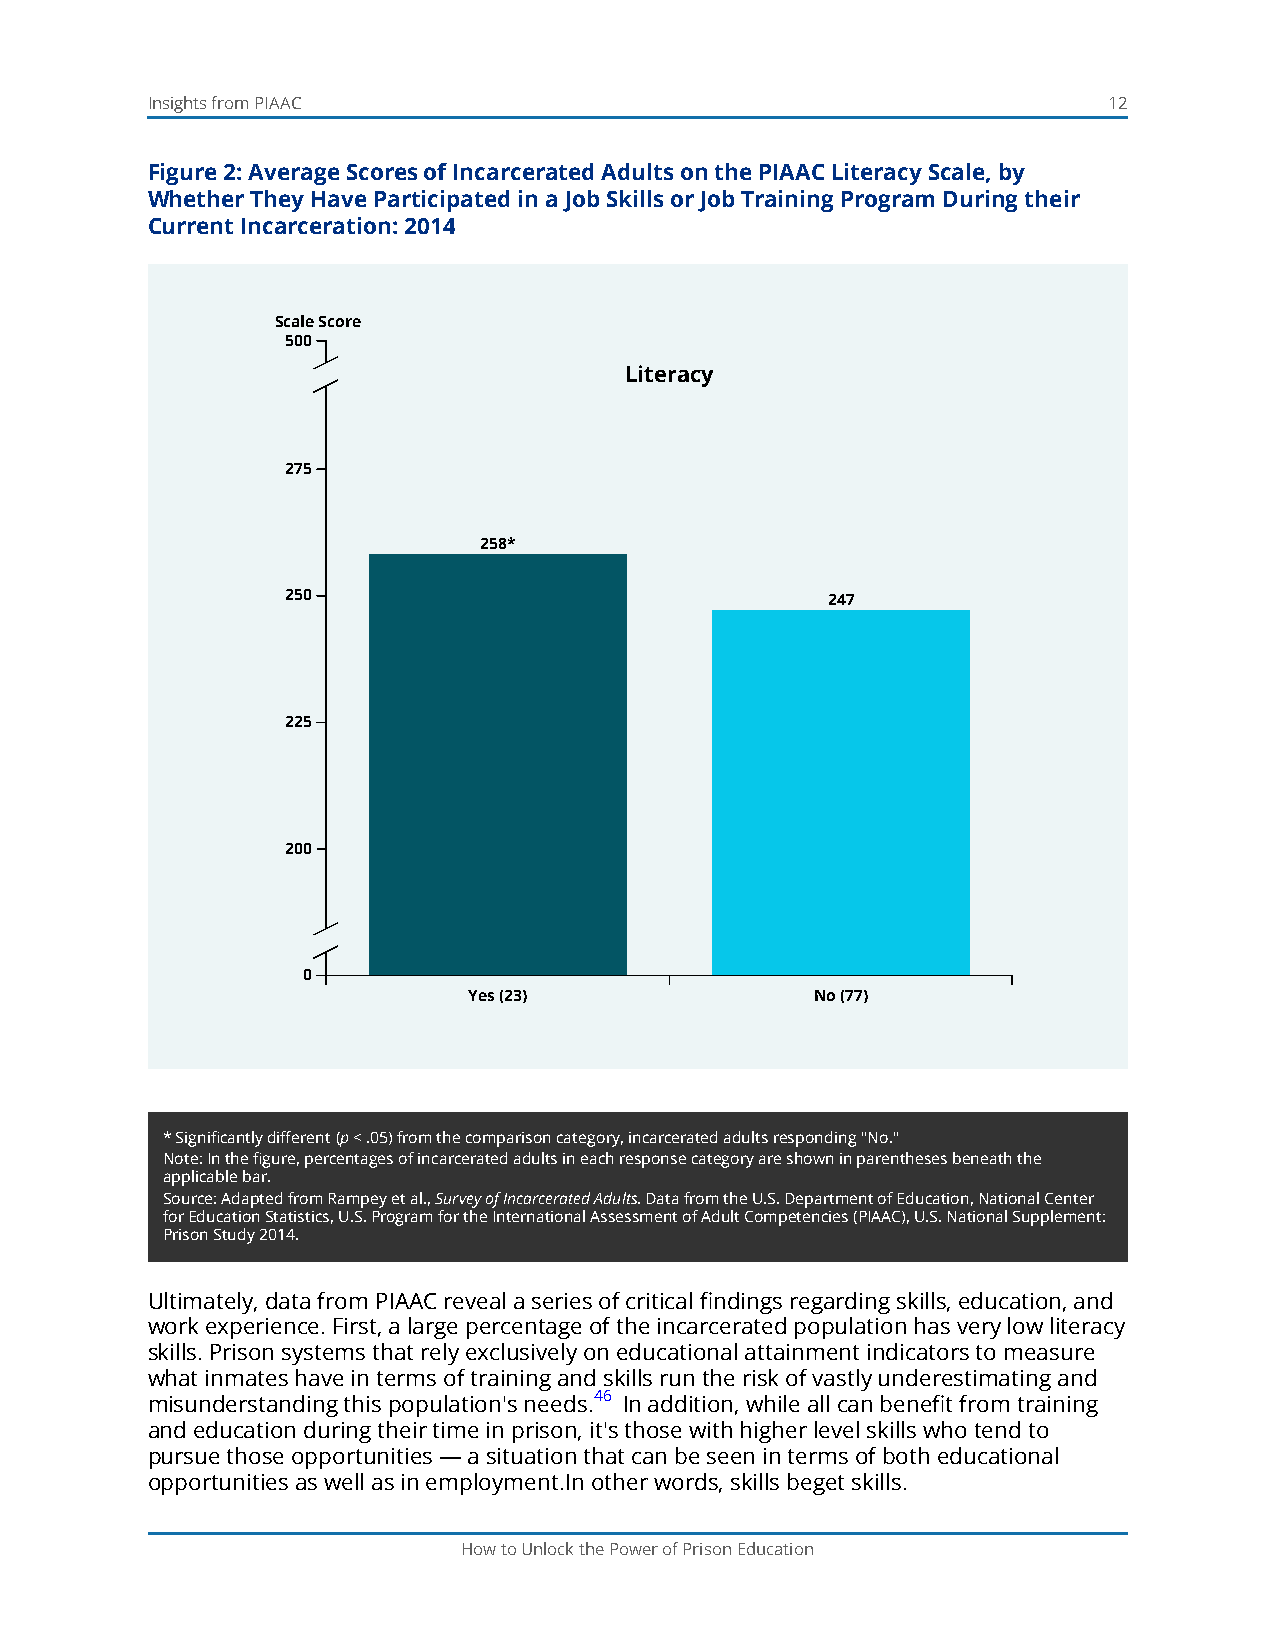
Insights from PIAAC                                            12
 Figure 2: Average Scores of Incarcerated Adults on the PIAAC Literacy Scale, by
 Whether They Have Participated in a Job Skills or Job Training Program During their
 Current Incarceration: 2014
 Scale Score
 500
 Literacy
 275
 258*
 250                                 247
 225
 200
 0
 Yes (23)               No (77)
 GT""TFF2TYNoohhh4rerra7oeees p. r"tt vh"ehh h reor ooe iredrsssptip eieezarcrot e aewwasnslsti hheltaaesanootx nlit i stpdsai nt 2aixisdcg3irhsa t 7no ilpscl7owyehi pt pross acpi ewgtetarhennscred itetsfii cnpocicniatefap lrnoataech ftt jes eeotdnch biiiotnnffe rswc eeaikanrhs irejlc oolcosnae b nprcor ce asarae kr tb jrte5ioalieldc0bstti0e w ppot drapoera t opepjeionnioudnbi pln ttai h untgtsreil coaaap asitn rnlijceooo;i an.agnb lgenr. s a dpskm cirlool s(rgY eore arsa m)jv,o e tb(hrN aetorg aae),ivs nte hiornefag gta hpever eso rtcgwaargloaee m g ssrc:co oaurleep ssin c(p oli rt>ee r.i0an5c l)yi.t ewraasc y2 5w8a. s
 * Significantly different (p < .05) from the comparison category, incarcerated adults responding "No."
 Note: In the figure, percentages of incarcerated adults in each response category are shown in parentheses beneath the
 applicable bar.
 Source: Adapted from Rampey et al., Survey of Incarcerated Adults. Data from the U.S. Department of Education, National Center
 for Education Statistics, U.S. Program for the International Assessment of Adult Competencies (PIAAC), U.S. National Supplement:
 Prison Study 2014.
 Ultimately, data from PIAAC reveal a series of critical findings regarding skills, education, and
 work experience. First, a large percentage of the incarcerated population has very low literacy
 skills. Prison systems that rely exclusively on educational attainment indicators to measure
 what inmates have in terms of training and skills run the risk of vastly underestimating and
 misunderstanding this population's needs.46 In addition, while all can benefit from training
 and education during their time in prison, it's those with higher level skills who tend to
 pursue those opportunities — a situation that can be seen in terms of both educational
 opportunities as well as in employment.In other words, skills beget skills.
 How to Unlock the Power of Prison Education